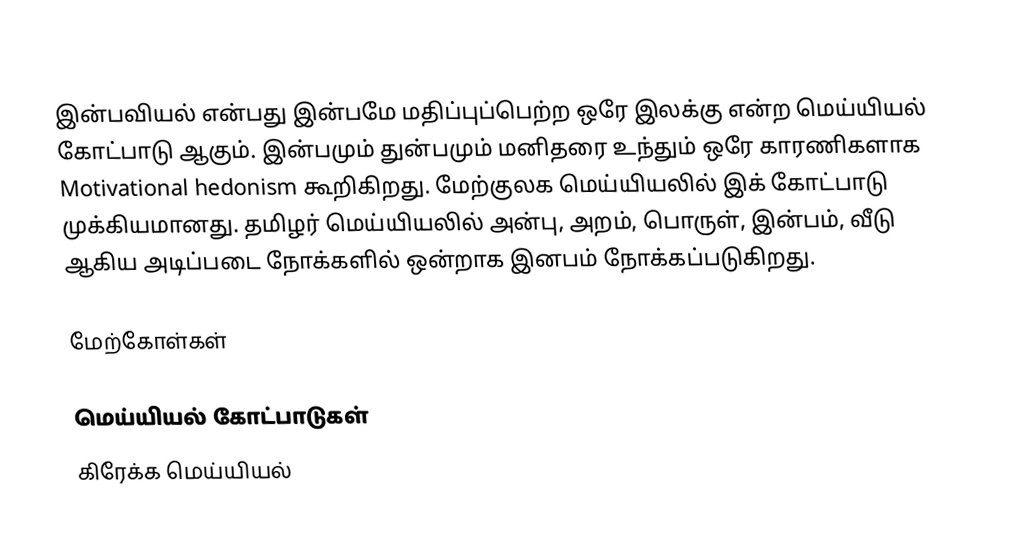
இன்பவியல் என்பது இன்பமே மதிப்புப்பெற்ற ஒரே இலக்கு என்ற மெய்யியல் கோட்பாடு ஆகும்.  இன்பமும் துன்பமும் மனிதரை உந்தும் ஒரே காரணிகளாக Motivational hedonism கூறிகிறது.  மேற்குலக மெய்யியலில் இக் கோட்பாடு முக்கியமானது.  தமிழர் மெய்யியலில் அன்பு, அறம், பொருள், இன்பம், வீடு ஆகிய அடிப்படை நோக்களில் ஒன்றாக இனபம் நோக்கப்படுகிறது.

மேற்கோள்கள்

மெய்யியல் கோட்பாடுகள்
கிரேக்க மெய்யியல்